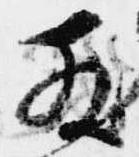
散